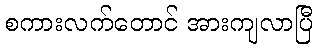
စကားလက်တောင် အားကျလာပြီ